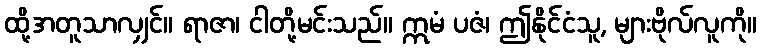
ထို့အတူသာလျှင်။ ရာဇာ၊ ငါတို့မင်းသည်။ ဣမံ ပဇံ၊ ဤနိုင်ငံသူ, များဗိုလ်လူကို။